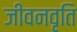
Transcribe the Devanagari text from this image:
जीवनवृति